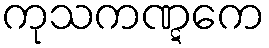
ကုသကဏ္ဋကေ